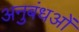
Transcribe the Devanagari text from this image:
अनुबंधओं